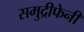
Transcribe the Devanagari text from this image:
समुद्रीफेनी